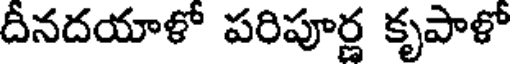
దీనదయాళో పరిపూర్ణ కృపాళో